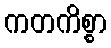
ကတကိစ္စာ